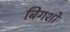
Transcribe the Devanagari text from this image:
बिगशो